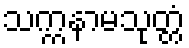
သက္ကနာမသုတ္တံ